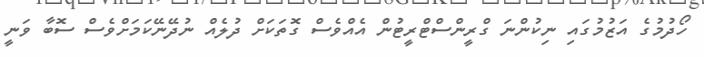
ހޯދުމުގެ އަޒުމުގައި ނިކުންނަ ގްރީންސްޓްރީޓުން އެއްވެސް ގޮތަކަށް ދުލެއް ނުދޭނޭކަމަށްވެސް ސޮބާ ވަނީ